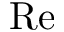
\mathrm { R e }